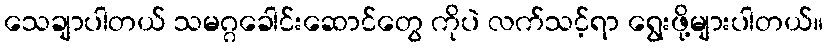
သေချာပါတယ် သမဂ္ဂခေါင်းဆောင်တွေ ကိုပဲ လက်သင့်ရာ ရွေးဖို့များပါတယ်။